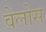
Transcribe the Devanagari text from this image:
वेलोस